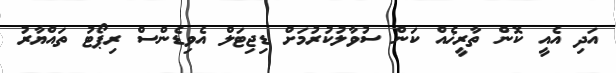
އަދި އެއީ ކޮން ތާރީޚެއް ކަން ސުވާލުކުރުމަށް ޑިޖިޓަލް އެވިޑެންސް ރިޕޯޓު ތައްޔާރު